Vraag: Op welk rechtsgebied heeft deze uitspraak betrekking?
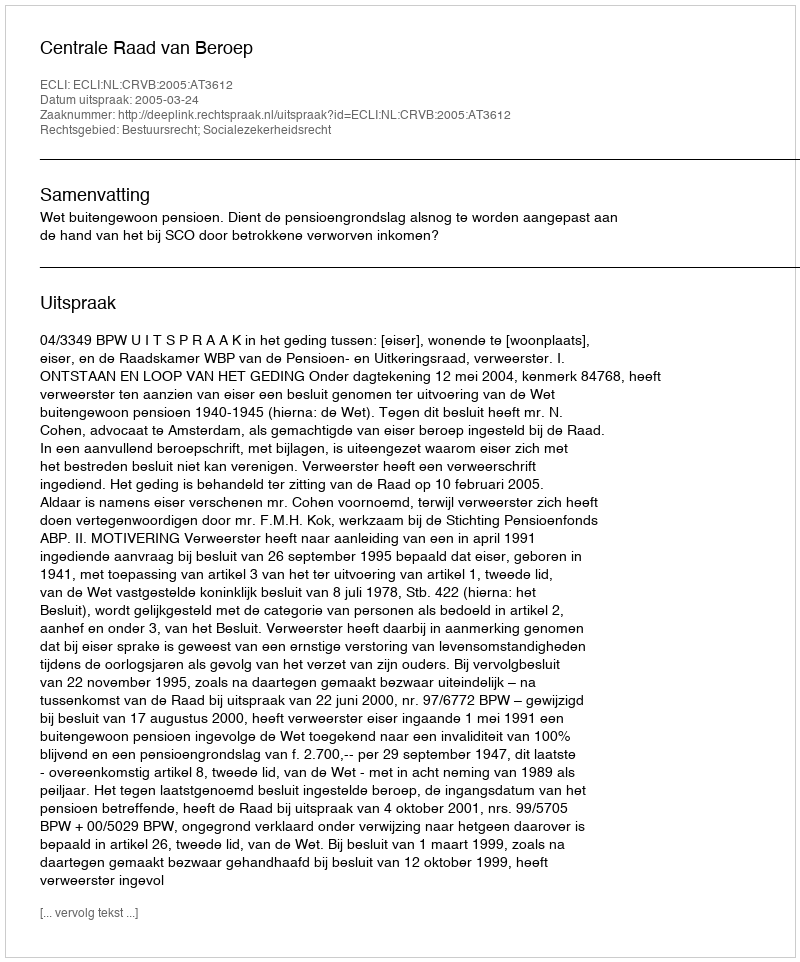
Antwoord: Bestuursrecht; Socialezekerheidsrecht